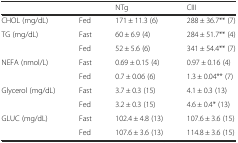
<table><thead><tr><td colspan="2"></td><td><b>NTg</b></td><td><b>CIII</b></td></tr></thead><tbody><tr><td>CHOL (mg/dL)</td><td>Fed</td><td>171 ± 11.3 (6)</td><td>288 ± 36.7** (7)</td></tr><tr><td rowspan="2">TG (mg/dL)</td><td>Fast</td><td>60 ± 6.9 (4)</td><td>284 ± 51.7** (4)</td></tr><tr><td>Fed</td><td>52 ± 5.6 (6)</td><td>341 ± 54.4** (7)</td></tr><tr><td rowspan="2">NEFA (nmol/L)</td><td>Fast</td><td>0.69 ± 0.15 (4)</td><td>0.97 ± 0.16 (4)</td></tr><tr><td>Fed</td><td>0.7 ± 0.06 (6)</td><td>1.3 ± 0.04** (7)</td></tr><tr><td rowspan="2">Glycerol (mg/dL)</td><td>Fast</td><td>3.7 ± 0.3 (15)</td><td>4.1 ± 0.3 (13)</td></tr><tr><td>Fed</td><td>3.2 ± 0.3 (15)</td><td>4.6 ± 0.4* (13)</td></tr><tr><td rowspan="2">GLUC (mg/dL)</td><td>Fast</td><td>102.4 ± 4.8 (13)</td><td>107.6 ± 3.6 (15)</td></tr><tr><td>Fed</td><td>107.6 ± 3.6 (13)</td><td>114.8 ± 3.6 (15)</td></tr></tbody></table>